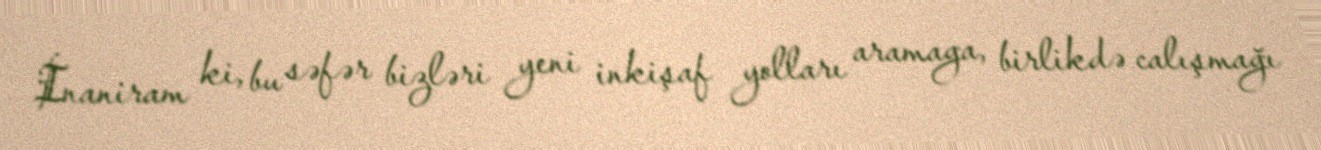
İnaniram ki, bu səfər bizləri yeni inkişaf yolları aramaga, birlikdə calışmağı